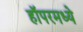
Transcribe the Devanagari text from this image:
हॉपरमध्ये